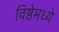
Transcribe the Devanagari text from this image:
विष्ठेमध्ये